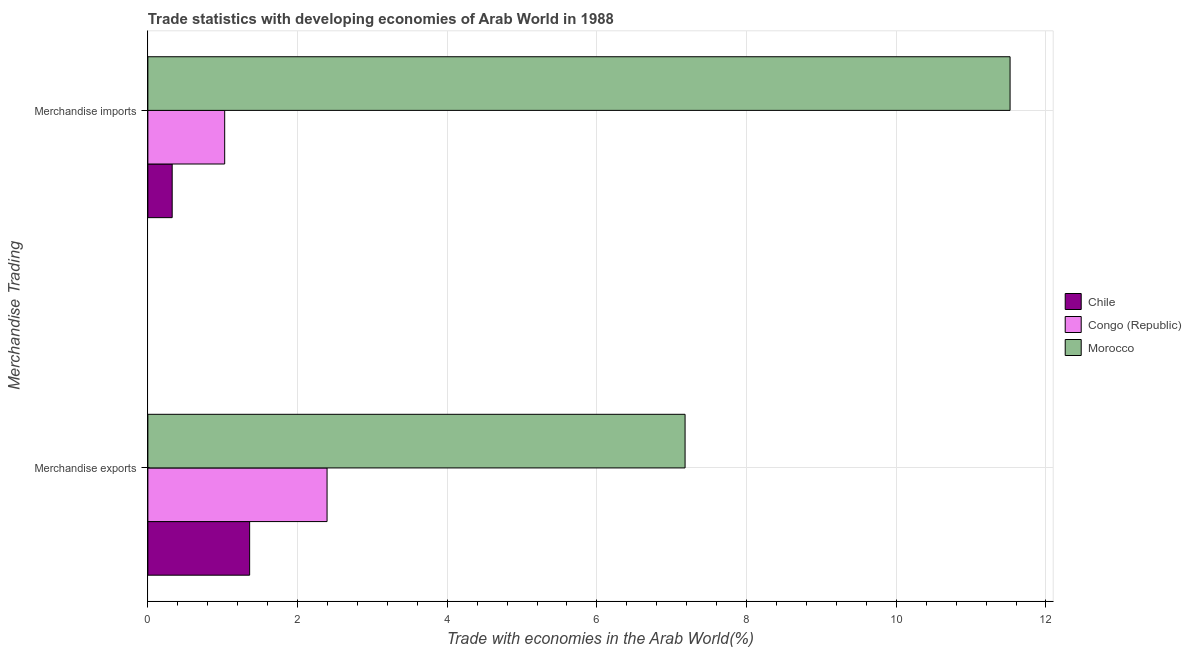
| Merchandise Trading | Chile | Congo (Republic) | Morocco |
 | --- | --- | --- | --- |
 | Merchandise exports | 1.36 | 2.39 | 7.18 |
 | Merchandise imports | 0.325 | 1.03 | 11.5 |